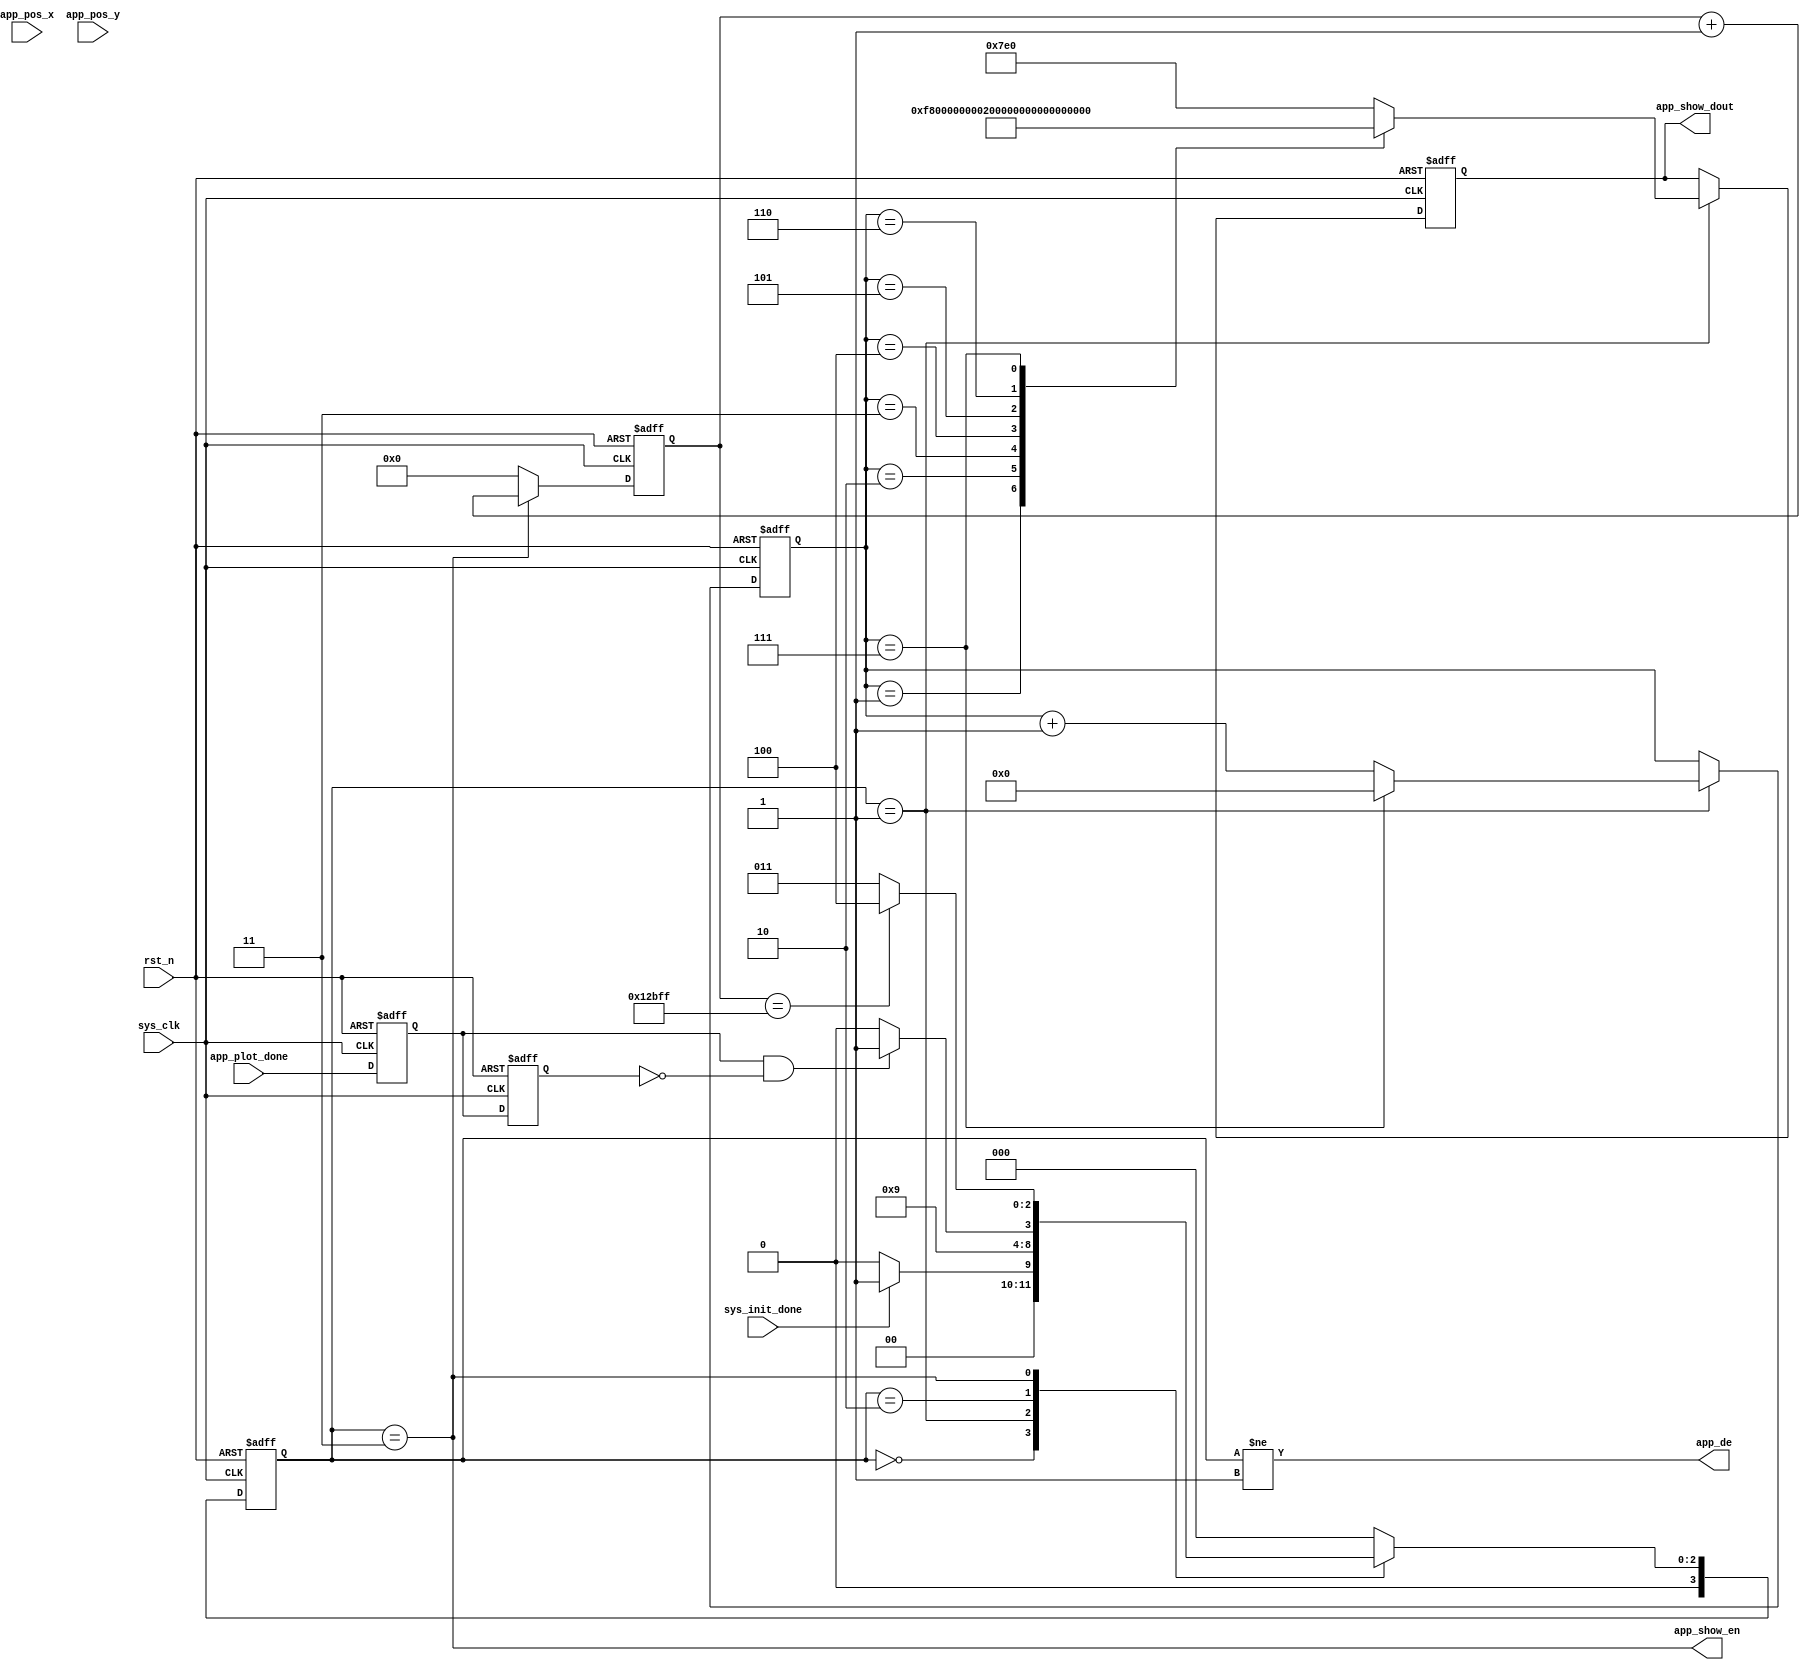
`timescale 1ns / 1ps
//////////////////////////////////////////////////////////////////////////////////
// Company: 
// Engineer: 
// 
// Design Name: 
// Module Name: data_gen
// Project Name: 
// Target Devices: 
// Tool Versions: 
// Description: 
// 
// Dependencies: 
// 
// Revision:
// Revision 0.01 - File Created
// Additional Comments:
// 
//////////////////////////////////////////////////////////////////////////////////


module data_gen #(
    parameter site_x = 16'h0000,
    parameter site_y = 16'h0000,
    parameter size_x = 16'd240,
    parameter size_y = 16'd320
) (
    input             sys_clk,
    input             rst_n,
    /******************/
    output            app_de,         //fifo
    output            app_show_en,
    output reg [15:0] app_show_dout,
    input      [15:0] app_pos_x,
    input      [15:0] app_pos_y,
    /******************/
    input             sys_init_done,
    input             app_plot_done
);
//   localparam pxiel_cnt = size_x * size_y;
  localparam pxiel_cnt = 32'd76800;
  localparam Black = 16'h0000;
  localparam Red = 16'hF800;
  localparam Green = 16'h07E0;
  localparam Blue = 16'h001F;
  localparam White = 16'hFFFF;
  localparam Purple = 16'hF11F;
  localparam Yellow = 16'hFFE0;
  localparam Cyan = 16'h07FF;
  /*****************************************/
  //
  wire sys_en;
  reg en_d0, en_d1;
  always @(posedge sys_clk, negedge rst_n) begin
    if (!rst_n) begin
      en_d0 <= 1'b0;
      en_d1 <= 1'b0;
    end else begin
      en_d0 <= app_plot_done;
      en_d1 <= en_d0;
    end
  end
  assign sys_en = en_d0 && !en_d1;
  /*****************************************/
  reg [3:0] S_STATE, S_STATE_NEXT;
  localparam S_IDLE = 0;  //
  localparam S_INIT = 1;  //
  localparam S_EN = 2;  //
  localparam S_WRITE = 3;  //
  localparam S_DONE = 4;
  /**************************/
  always @(posedge sys_clk, negedge rst_n) begin
    if (!rst_n) S_STATE <= S_IDLE;
    else S_STATE <= S_STATE_NEXT;
  end
  /**************************/
  reg [31:0] clk_cnt;
  always @(posedge sys_clk, negedge rst_n) begin
    if (!rst_n) clk_cnt <= 32'd0;
    else if (S_STATE == S_WRITE) clk_cnt <= clk_cnt + 1'd1;
    else clk_cnt <= 32'd0;
  end
  /**************************/
  always @(*) begin
    case (S_STATE)
      S_IDLE: begin
        if (sys_init_done) S_STATE_NEXT = S_INIT;
        else S_STATE_NEXT = S_IDLE;
      end
      S_INIT: begin
        S_STATE_NEXT = S_EN;
      end
      S_EN: begin
        if (sys_en) S_STATE_NEXT = S_WRITE;
        else S_STATE_NEXT = S_EN;
      end
      S_WRITE: begin
        if (clk_cnt == pxiel_cnt - 1) S_STATE_NEXT = S_DONE;
        else S_STATE_NEXT = S_WRITE;
      end
      S_DONE: begin
        S_STATE_NEXT = S_IDLE;
      end
      default: S_STATE_NEXT = S_IDLE;
    endcase
  end
  assign app_de      = (S_STATE != S_INIT);
  assign app_show_en = (S_STATE == S_WRITE);
  reg [7:0] color_cnt;
  always @(posedge sys_clk, negedge rst_n) begin
    if (!rst_n) begin
      color_cnt     <= 8'd0;
      app_show_dout <= Green;
    end else if (S_STATE == S_INIT) begin
      color_cnt <= color_cnt + 1'd1;
      case (color_cnt)
        8'd0:    app_show_dout <= Green;
        8'd1:    app_show_dout <= Red;
        8'd2:    app_show_dout <= Black;
        8'd3:    app_show_dout <= Blue;
        8'd4:    app_show_dout <= White;
        8'd5:    app_show_dout <= Purple;
        8'd6:    app_show_dout <= Yellow;
        8'd7: begin
          app_show_dout  <= Cyan;
          color_cnt <= 8'd0;
        end
        default: app_show_dout <= Green;
      endcase
    end else begin
      color_cnt     <= color_cnt;
      app_show_dout <= app_show_dout;
    end
  end
endmodule